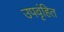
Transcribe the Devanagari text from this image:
उपवृंहित